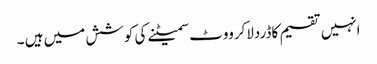
انہیں تقسیم کاڈردلاکرووٹ سمیٹنے کی کوشش میں ہیں ۔